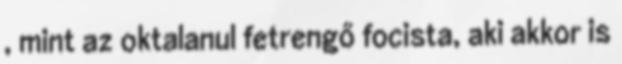
, mint az oktalanul fetrengő focista, aki akkor is